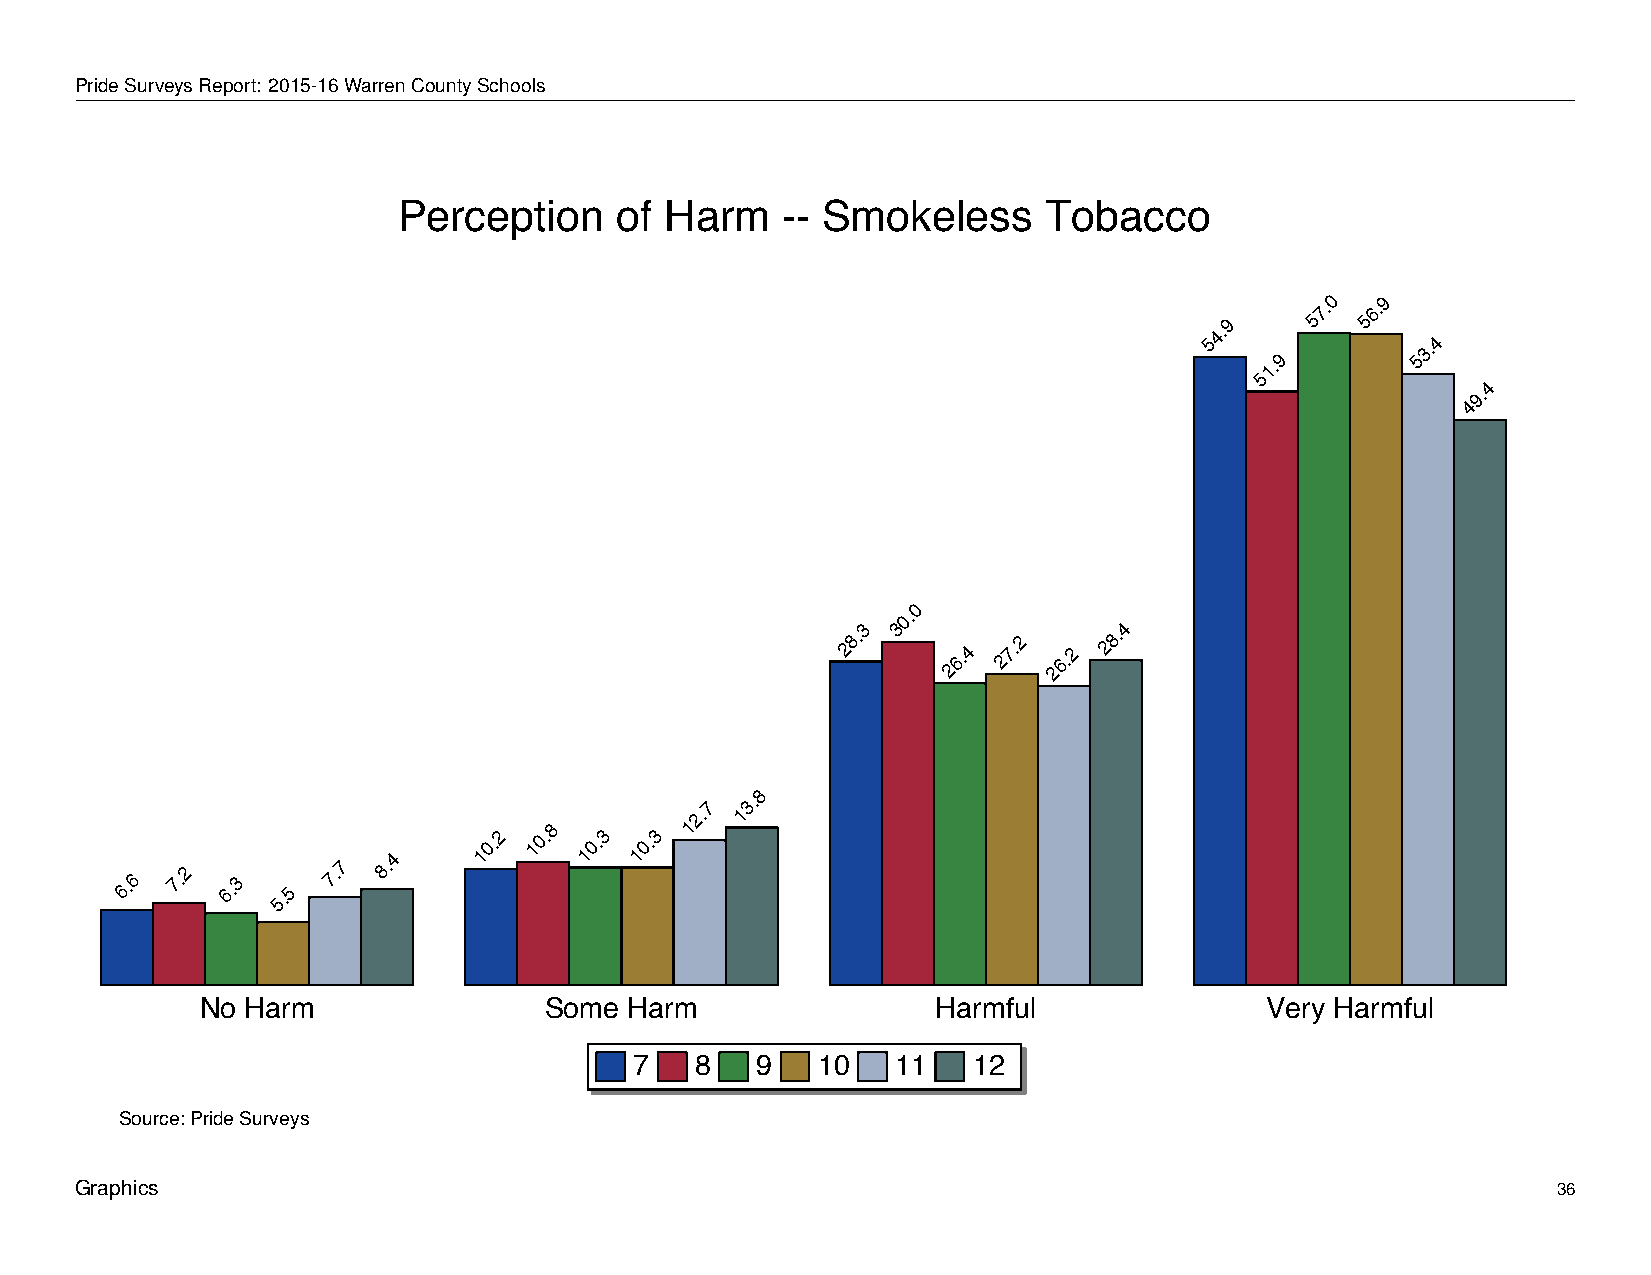
Perception            of    Harm        --   Smokeless             Tobacco
 PrideSurveysReport: 2015-16WarrenCountySchools
 Perception     of Harm    -- Smokeless     Tobacco
 0  9
 7.  6.
 54.9
 1.9
 5  5
 53.4
 5
 4
 9.
 4
 0
 0.
 3 3              4
 28.
 26.4
 27.2
 26.2
 28.
 8
 7 3.
 6.6
 7.2
 6.3
 5.5
 7.7
 8.4
 10.2 10.8 10.3 10.3
 12. 1
 No Harm                Some  Harm                Harmful               Very Harmful
 7   8   9   10   11   12
 Source: Pride Surveys
 Graphics                                                                                          36